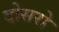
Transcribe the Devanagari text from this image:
दोसरो